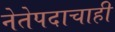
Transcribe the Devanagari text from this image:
नेतेपदाचाही